Vaccination returns of the Province of Eastern Bengal and Assam - 1905-1912
Year: 1905
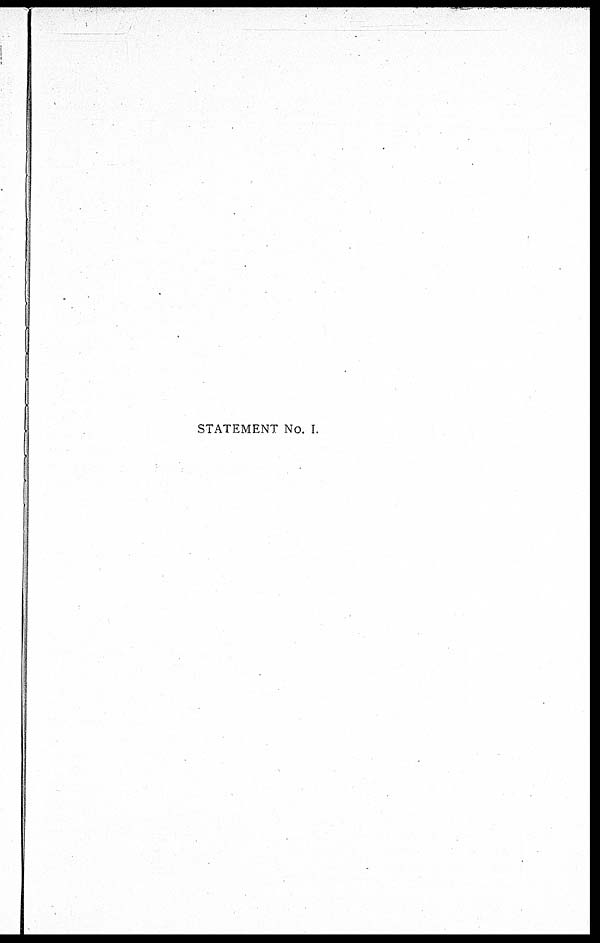
STATEMENT No. I.